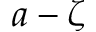
a - \zeta